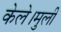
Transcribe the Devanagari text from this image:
केले।मुली